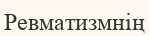
Ревматизмнің